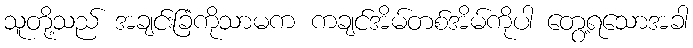
သူတို့သည် အချင်းခြံကိုသာမက ကချင်အိမ်တစ်အိမ်ကိုပါ တွေ့ရသောအခါ